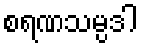
စရဏသမ္ပဒါ